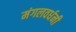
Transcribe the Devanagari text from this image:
मंगलवर्धनी